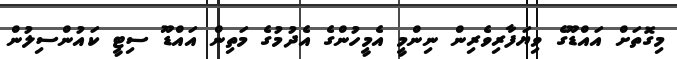
މިގޮތަށް އައްޑޫގެ ވިޔަފާރިވެރިން ނިންމީ އެމީހުންގެ އެދުމުގެ މަތިން އައްޑޫ ސިޓީ ކައުންސިލުން